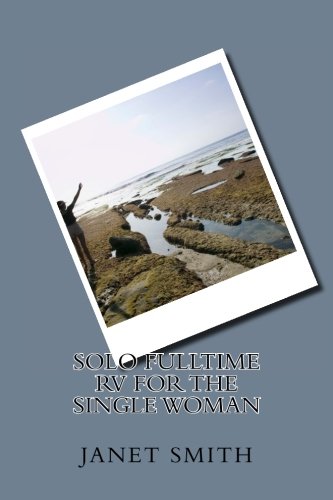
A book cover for Solo Fulltime RV for the Single Woman; Janet Smith; Travel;